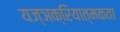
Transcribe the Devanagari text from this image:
यज्ञक्रियात्मकता